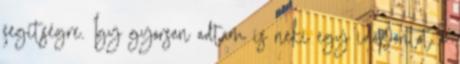
segítségre. Így gyorsan adtam is neki egy időpontot a